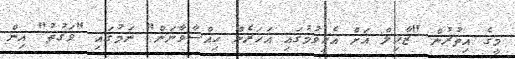
މީގެ އިތުރުން "ޒާހިލް އަށް އެހީވުމުގައި އަހަރެން ހިއްސާވާނަން" ނަމުގައި "ވަގުތު" އިން